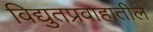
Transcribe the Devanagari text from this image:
विद्युतप्रवाहातील